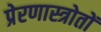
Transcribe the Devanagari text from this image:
प्रेरणास्त्रोतों